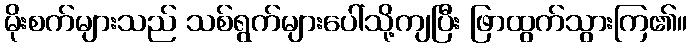
မိုးစက်များသည် သစ်ရွက်များပေါ်သို့ကျပြီး ဖြာထွက်သွားကြ၏။